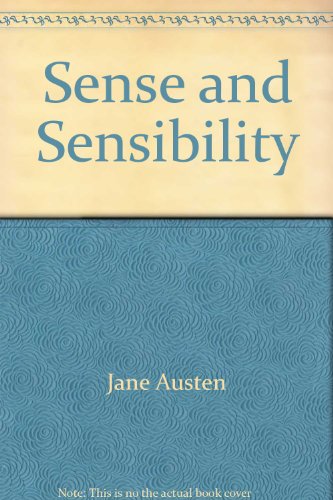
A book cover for Sense and Sensibility; Jane Austen; Humor & Entertainment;